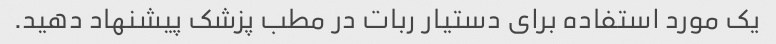
یک مورد استفاده برای دستیار ربات در مطب پزشک پیشنهاد دهید.